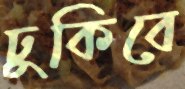
ঢুকিবে